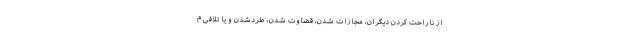
از ناراحت کردن دیگران، مجازات شدن، قضاوت شدن، طردشدن و یا تلافی م